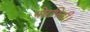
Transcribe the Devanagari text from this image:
पोरफिरी।